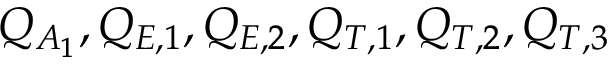
Q _ { A _ { 1 } } , Q _ { E , 1 } , Q _ { E , 2 } , Q _ { T , 1 } , Q _ { T , 2 } , Q _ { T , 3 }